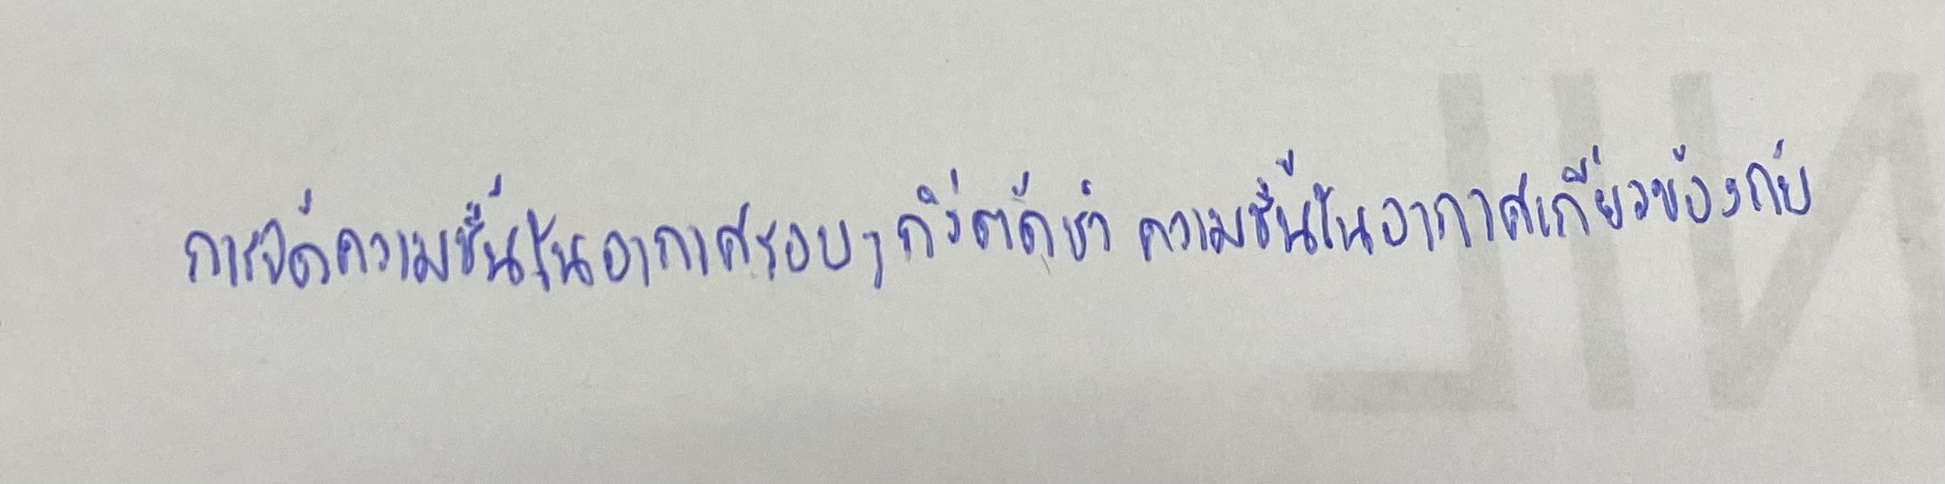
การจัดความชื้นในอากาศรอบๆกิ่งตัดชำความชื้นในอากาศเกี่ยวข้องกับ